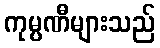
ကုမ္ပဏီများသည်